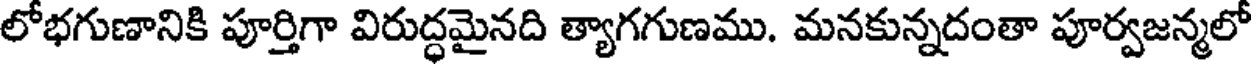
లోభగుణానికి పూర్తిగా విరుద్ధమైనది త్యాగగుణము. మనకున్నదంతా పూర్వజన్మలో